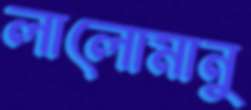
লালোমানু